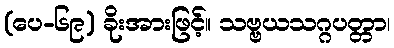
(ပေ-၆၉) ခိုးအားဖြင့်။ သဗ္ဗယသဂ္ဂပတ္တာ၊